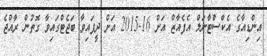
އިންޑިއާގެ އެކްސްޓާނަލް އެފެއާޒް އަށް 16-2015 އަށް ދީފައިވާ ބަޖެޓްގައިވާ ގޮތުން ރާއްޖެ